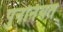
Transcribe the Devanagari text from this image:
पुनर्नियत